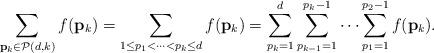
LaTeX: \begin{align*} \sum\limits_{\mathbf{p}_k\in \mathcal{P}(d,k) }f(\mathbf{p}_k)& =\sum\limits_{1\le p_1<\cdots<p_k\le d}f(\mathbf{p}_k)= \sum_{p_{k}=1}^{d}\sum_{p_{k-1}=1}^{p_k-1}\cdots \sum_{p_1=1}^{p_2-1}f(\mathbf{p}_k). \end{align*}